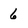
Character: 6